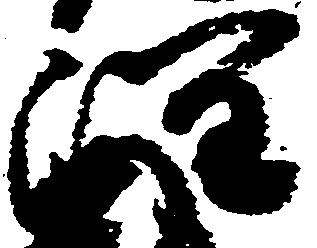
潤